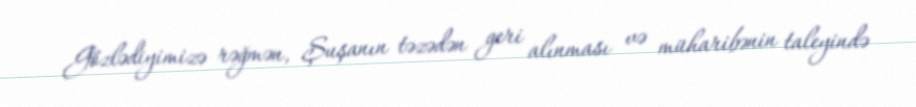
Gözlədiyimizə rəğmən, Şuşanın təzədən geri alınması və müharibənin taleyində